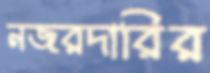
নজরদারির